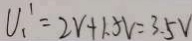
U _ { 1 } ^ { 1 } = 2 V + 1 . 5 V = 3 . 5 V